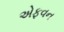
એફવન